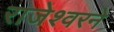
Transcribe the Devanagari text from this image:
राजेश्वरने